Report on vaccination in Madras 1904-1921 - 1904-1921
Year: 1904
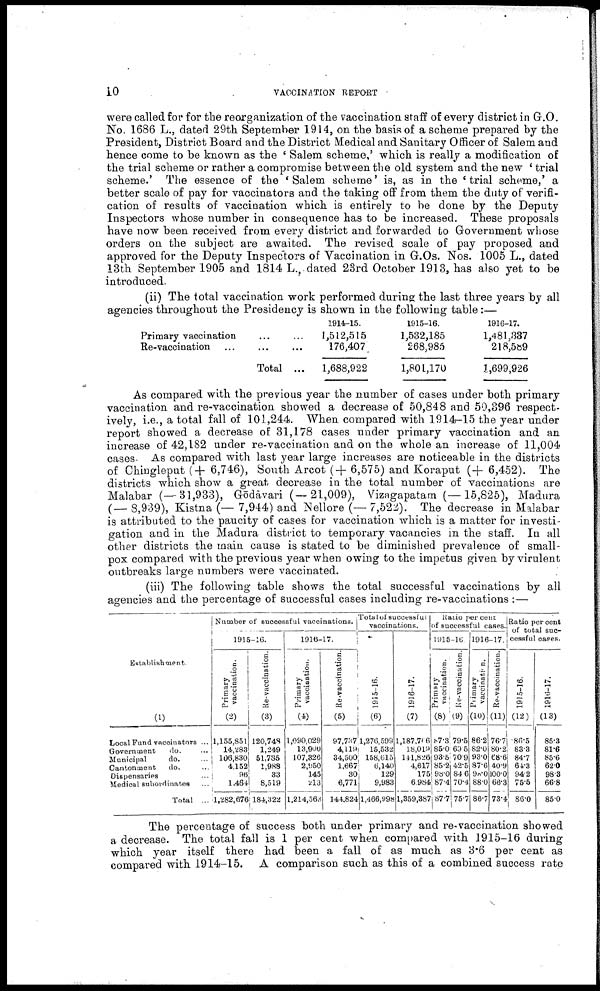
10
VACCINATION REPORT
were called for for the reorganization of the vaccination staff of every district in G.O.
No. 1686 L., dated 29th September 1914, on the basis of a scheme prepared by the
President, District Board and the District Medical and Sanitary Officer of Salem and
hence come to be known as the ' Salem scheme,' which is really a modification of
the trial scheme or rather a compromise between the old system and the new ' trial
scheme.' The essence of the ' Salem scheme' is, as in the ' trial scheme,' a
better scale of pay for vaccinators and the taking off from them the duty of verifi
cation of results of vaccination which is entirely to be done by the Deputy
Inspectors whose number in consequence has to be increased. These proposals
have now been received from every district and forwarded to Government whose
orders on the subject are awaited. The revised scale of pay proposed and
approved for the Deputy Inspectors of Vaccination in G.Os. Nos. 1005 L., dated
13th September 1905 and 1814 L., dated 23rd October 1913, has also yet to be
introduced.
(ii) The total vaccination work performed during the last three years by all
agencies throughout the Presidency is shown in the following table:—
Primary vaccination ... ...
Re-vaccination ... ... ...
Total ...
1914-15.
1,512,515
176,407
1,688,922
1915-16.
1,532,185
268,985
1,801,170
1916-17.
1,481,337
218,589
1,699,926
As compared with the previous year the number of cases under both primary
vaccination and re-vaccination showed a decrease of 50,848 and 50,396 respect
ively, i.e., a total fall of 101,244. When compared with 1914-15 the year under
report showed a decrease of 31,178 cases under primary vaccination and an
increase of 42,182 under re-vaccination and on the whole an increase of 11,004
cases. As compared with last year large increases are noticeable in the districts
of Chingleput (+ 6,746), South Arcot (+ 6,575) and Koraput (+ 6,452). The
districts which show a great decrease in the total number of vaccinations are
Malabar (—31,933), Gōdavari (—21,009), Vizagapatam (—15,825), Madura
(— 8,939), Kistna (— 7,944) and Nellore (— 7,522). The decrease in Malabar
is attributed to the paucity of cases for vaccination which is a matter for investi
gation and in the Madura district to temporary vacancies in the staff. In all
other districts the main cause is stated to be diminished prevalence of small
pox compared with the previous year when owing to the impetus given by virulent
outbreaks large numbers were vaccinated.
(iii) The following table shows the total successful vaccinations by all
agencies and the percentage of successful cases including re-vaccinations :—
Establishment.
(1)
Local Fund vaccinators ...
Government
do. ...
Municipal
do. ...
Cantonment
do. ...
Dispensaries ...
Medical subordinates ...
Total ...
Number of successful vaccinations.
1915-16.
Primary
vaccination.
(2)
1,155,851
14,283
106,830
4,152
96
1,464
1,282,676
Re- vaccination.
(3)
120,748
1,249
51,785
1,988
33
8,519
184,322
1916-17.
Primary
vaccination.
(4)
1,090,029
13,900
107,326
2,950
145
213
1,214,563
Re-vaccination.
(5)
97,737
4,119
34,500
1,667
30
6,771
144,824
Total of successful
vaccinations.
1915-16.
(6)
1,276,599
15,532
158,615
6,140
129
9,983
1,466,998
1916-17.
(7)
l,187,766
18,019
141,826
4,617
175
6,984
1,359,387
Ratio per cent
of successful cases.
1915-16
Primary
vaccination.
(8)
87.3
85.0
93.5
85.2
98.0
87.4
87.7
Re-vaccination.
(9)
79.5
69.5
70.9
42.5
84.6
70.4
75.7
1916-17.
Primary
vaccination.
(10)
86.2
82.0
93.0
87.6
98.0
88.0
86.7
Re-vaccination.
(11)
76.7
80.2
68.6
40.9
100.0
66.3
73.4
Ratio per cent
of total suc
cessful cases.
1915-16.
(12)
86.5
83.3
84.7
64.3
94.2
75.5
86.0
1916-17.
(13)
85.3
81.6
85.6
62.0
98.3
66.8
85.0
The percentage of success both under primary and re-vaccination showed
a decrease. The total fall is 1 per cent when compared with 1915-16 during
which year itself there had been a fall of as much as 3.6 per cent as
compared with 1914-15. A comparison such as this of a combined success rate